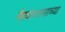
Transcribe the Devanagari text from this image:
गैरवापरासाच्या